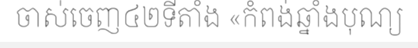
ចាស់ចេញ៤២ទីតាំង «កំពង់ឆ្នាំងបុណ្យ